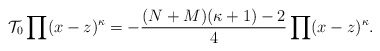
\begin{align*}{\cal T_{\rm 0}}\prod (x-z)^{\kappa}=-\frac{(N+M)(\kappa+1)-2}{4}\prod (x-z)^{\kappa} .\end{align*}